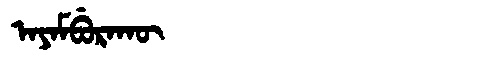
Manchu: ᠠᠶᠠᠮᠪᡠᡵᠠᡴᡡ
Romanization: AYAMBURAKŪ